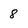
Character: 8